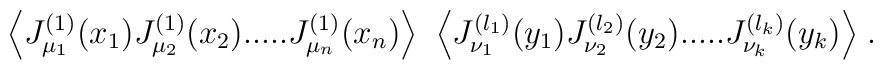
\Big\langle J^{(1)}_{\mu_1}(x_1) J^{(1)}_{\mu_2}(x_2) .....J^{(1)}_{\mu_n}(x_n) \Big\rangle \;\;\Big\langle J^{(l_1)}_{\nu_1}(y_1)J^{(l_2)}_{\nu_2}(y_2) ..... J^{(l_k)}_{\nu_k}(y_k) \Big\rangle \; .